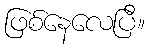
ဖြစ်နေလေပြီ။